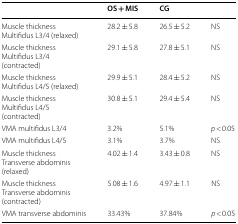
<table><thead><tr><td></td><td><b>OS + MIS</b></td><td><b>CG</b></td><td></td></tr></thead><tbody><tr><td>Muscle thicknessMultifidus L3/4 (relaxed)</td><td>28.2 ± 5.8</td><td>26.5 ± 5.2</td><td>NS</td></tr><tr><td>Muscle thicknessMultifidus L3/4(contracted)</td><td>29.1 ± 5.8</td><td>27.8 ± 5.1</td><td>NS</td></tr><tr><td>Muscle thicknessMultifidus L4/5 (relaxed)</td><td>29.9 ± 5.1</td><td>28.4 ± 5.2</td><td>NS</td></tr><tr><td>Muscle thicknessMultifidus L4/5(contracted)</td><td>30.8 ± 5.1</td><td>29.4 ± 5.4</td><td>NS</td></tr><tr><td>VMA multifidus L3/4</td><td>3.2%</td><td>5.1%</td><td><i>p</i> &lt; 0.05</td></tr><tr><td>VMA multifidus L4/5</td><td>3.1%</td><td>3.7%</td><td>NS</td></tr><tr><td>Muscle thicknessTransverse abdominis(relaxed)</td><td>4.02 ± 1.4</td><td>3.43 ± 0.8</td><td>NS</td></tr><tr><td>Muscle thicknessTransverse abdominis(contracted)</td><td>5.08 ± 1.6</td><td>4.97 ± 1.1</td><td>NS</td></tr><tr><td>VMA transverse abdominis</td><td>33.43%</td><td>37.84%</td><td><i>p</i> &lt; 0.05</td></tr></tbody></table>